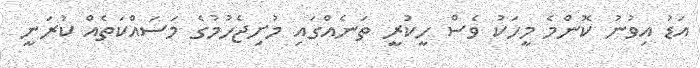
އަޑު އިވުނު ކޮންމެ މީހަކު ވެސް ހީކުރީ ތަނެއްގައި މުށިޖެހުމުގެ މަސައްކަތެއް ކުރަނީ